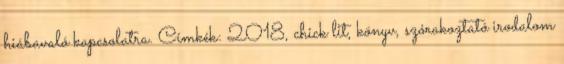
hiábavaló kapcsolatra. Címkék: 2018, chick lit, könyv, szórakoztató irodalom